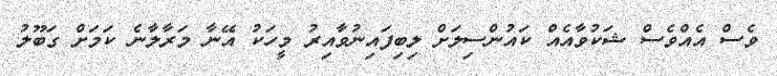
ވެސް އެއްވެސް ޝަކުވާއެއް ކައުންސިލަށް ލިބިފައިނުވާއިރު މީހަކު އޭނާ މަރާލާނެ ކަމަށް ގަބޫލު